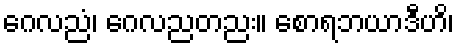
ဂေလညံ၊ ဂေလညတညး။ စောရဘယာဒီဟိ၊